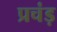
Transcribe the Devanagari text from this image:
प्रचंड़